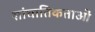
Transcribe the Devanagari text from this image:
सांघातिकताओं